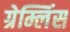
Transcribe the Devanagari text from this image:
ग्रेम्लिंस